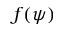
f ( \psi )